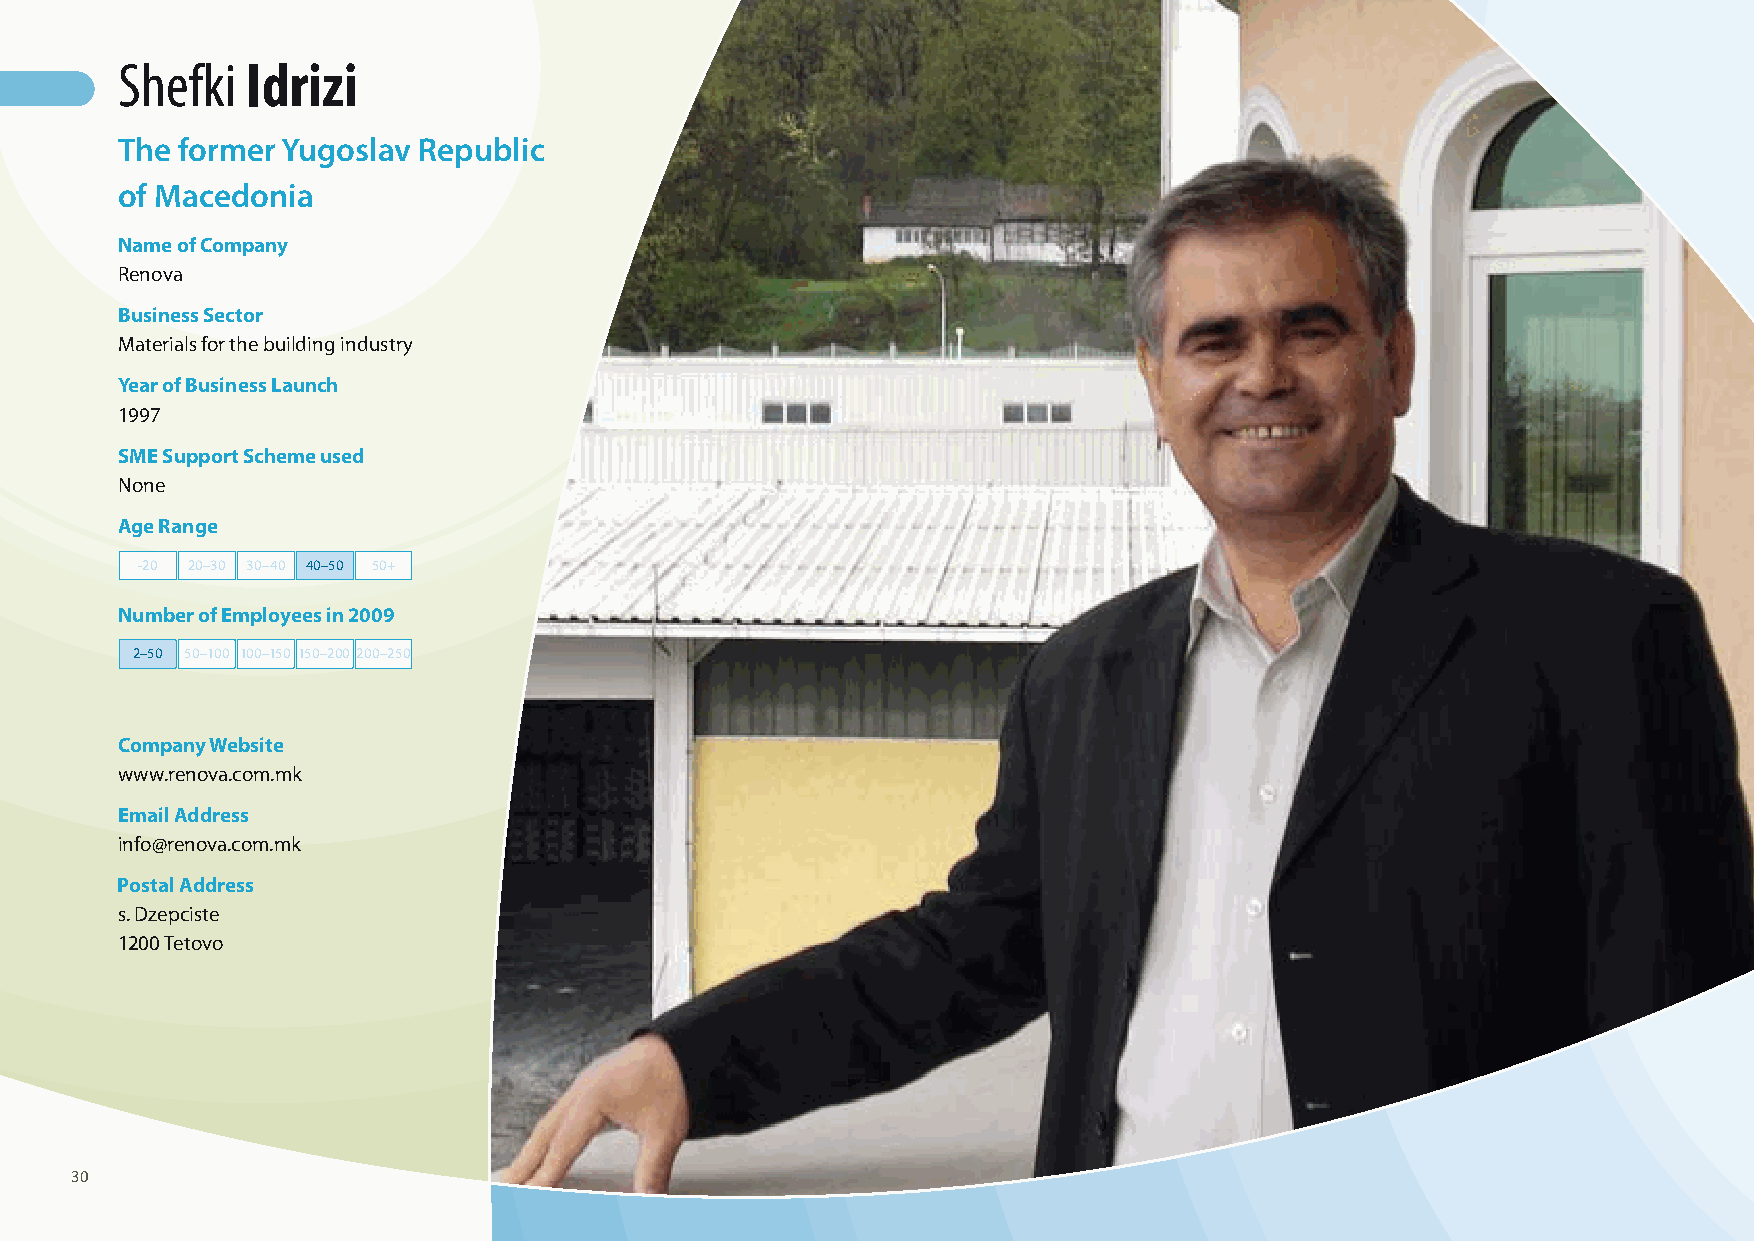
Shefki  Idrizi
 The former Yugoslav Republic
 of Macedonia
 Name of Company
 Renova
 Business Sector
 Materials for the building industry
 Year of Business Launch
 1997
 SME Support Scheme used
 None
 Age Range
 -20 20–30 30–40 40–50 50+
 Number of Employees in 2009
 2–50 50–100 100–150 150–200 200–250
 Company Website
 www.renova.com.mk
 Email Address
 info@renova.com.mk
 Postal Address
 s. Dzepciste
 1200 Tetovo
 30
 100426_SMEweek_broch_A4quer_hw.indd 30                                                                   27.04.2010 9:12:57 Uhr